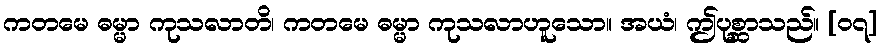
ကတမေ ဓမ္မာ ကုသလာတိ၊ ကတမေ ဓမ္မာ ကုသလာဟူသော။ အယံ၊ ဤပုစ္ဆာသည်။ [၀၇]